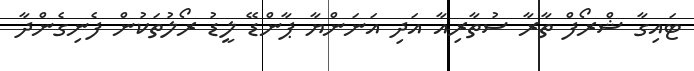
ޓައިގާ ޝްރޯފް ތާރާ ސުތާރިއާ އަދި އަނަންޔާ ޕާންޑޭ ލީޑު ރޯލުތަކުން ފެނިގެންދާ